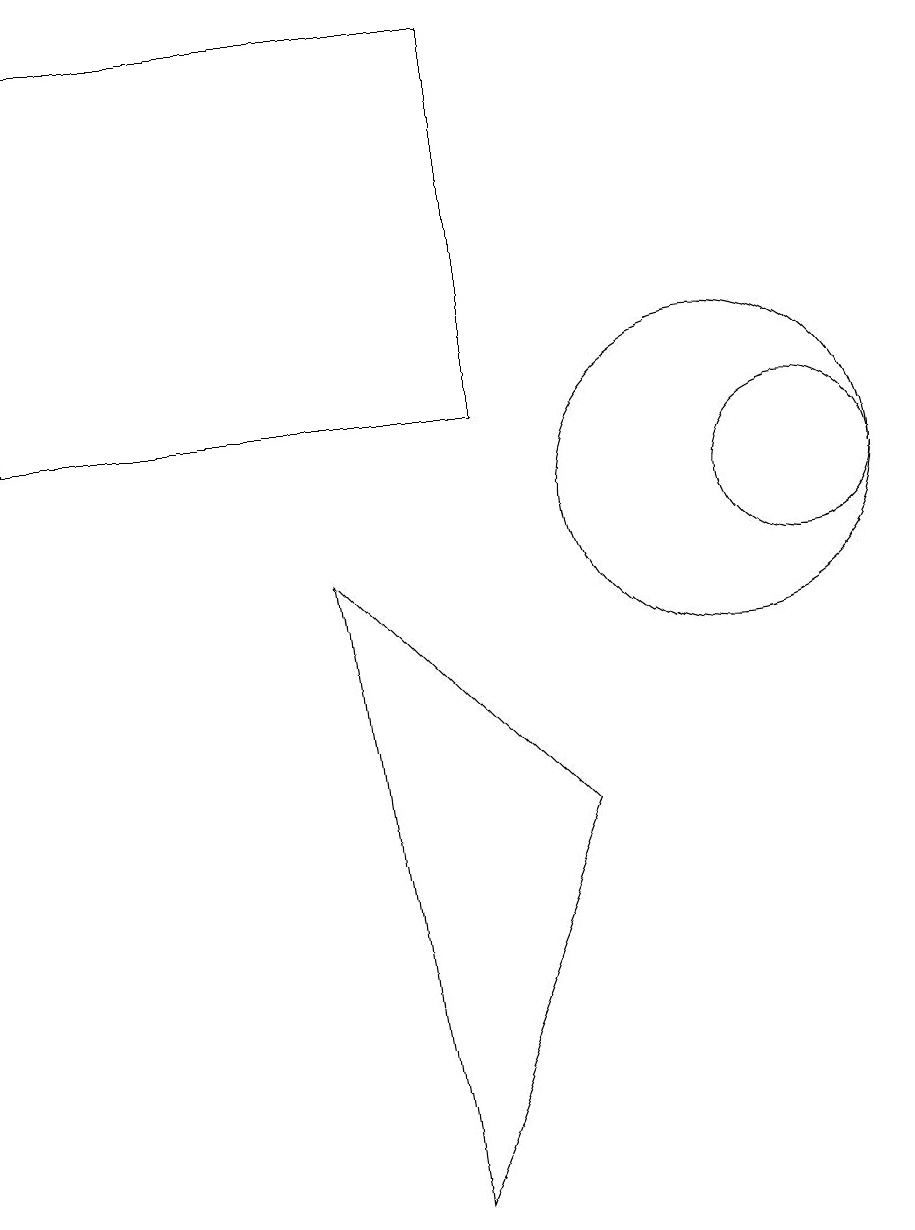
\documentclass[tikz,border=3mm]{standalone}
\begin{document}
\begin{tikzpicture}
\draw (8,6) -- (5,9) -- (6,1) -- cycle;
\draw (1,16) rectangle (7,11);
\draw (10,10) circle (2);
\draw (11,10) circle (1);
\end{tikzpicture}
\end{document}